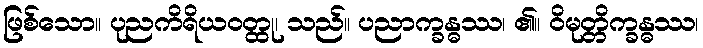
ဖြစ်သော။ ပုညကိရိယဝတ္ထု၊ သည်။ ပညာက္ခန္ဓဿ၊ ၏။ ဝိမုတ္တိက္ခန္ဓဿ၊